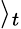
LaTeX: \rangle_{t}